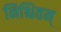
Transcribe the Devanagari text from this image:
निश्चितम्